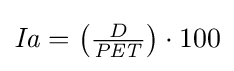
{\textstyle {\mathit {Ia}}=\left({\frac {D}{\mathit {PET}}}\right)\cdot 100}